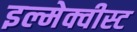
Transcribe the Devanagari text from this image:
इल्मेक्वीस्ट